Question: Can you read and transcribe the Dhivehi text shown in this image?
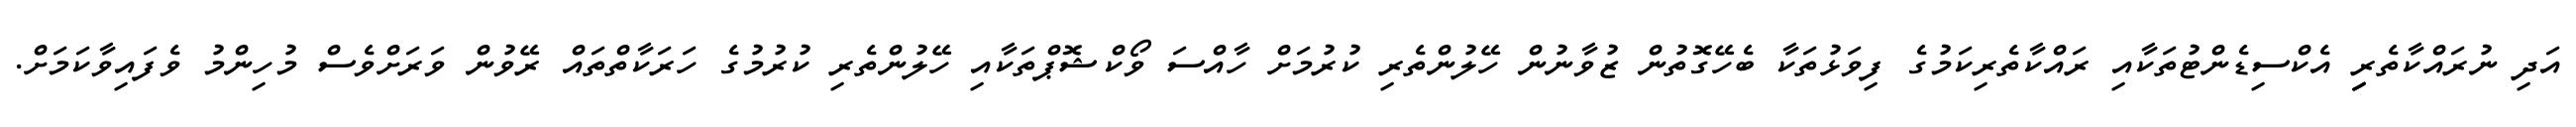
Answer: އަދި ނުރައްކާތެރިިި އެކްސިޑެންޓުތަކާއި ރައްކާތެރިކަމުގެ ފިވަޅުތަކާ ބެހޭގޮތުން ޒުވާނުން ހޭލުންތެރި ކުރުމަށް ހާއްސަ ވޯކްޝޮޕްތަކާއި ހޭލުންތެރި ކުރުމުގެ ހަރަކާތްތައް ރޭވުން ވަރަށްވެސް މުހިންމު ވެފައިވާކަމަށް.